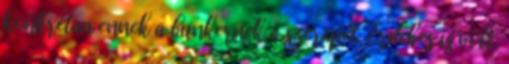
konkrétan ennek a bunkernek a szerepét. Érdekes is volt,